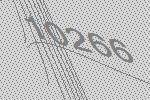
10266